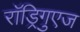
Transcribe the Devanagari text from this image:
राॅड्रिगुएज